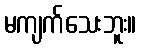
မကျက်သေးဘူး။